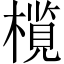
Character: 𬄦